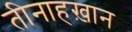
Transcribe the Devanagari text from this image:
तीनाहख़ान